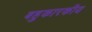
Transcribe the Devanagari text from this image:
बहुकारकीय